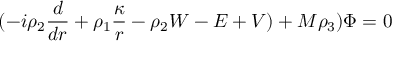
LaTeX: ( - i \rho _ { 2 } { \frac { d } { d r } } + \rho _ { 1 } { \frac { \kappa } { r } } - \rho _ { 2 } W - E + V ) + M \rho _ { 3 } ) \Phi = 0